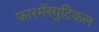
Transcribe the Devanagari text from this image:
फारमॅस्युटिकल